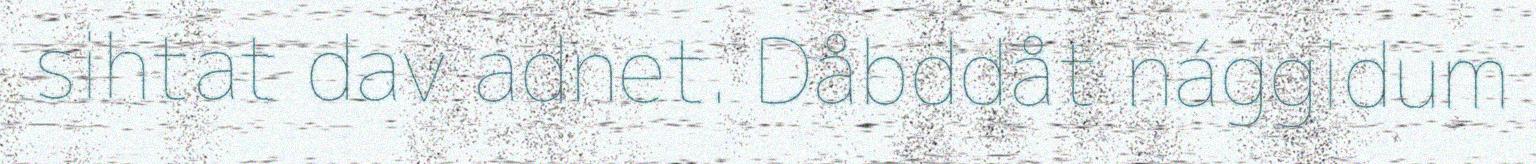
sihtat dav adnet. Dåbddåt nággidum